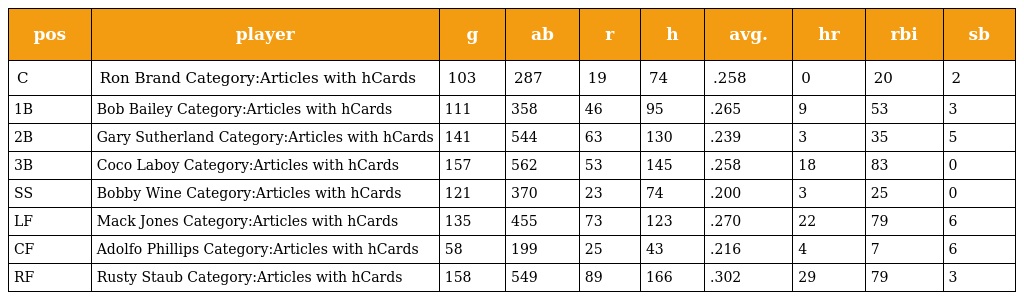
| pos | player | g | ab | r | h | avg. | hr | rbi | sb |
 | --- | --- | --- | --- | --- | --- | --- | --- | --- | --- |
 | C | Ron Brand Category:Articles with hCards | 103 | 287 | 19 | 74 | .258 | 0 | 20 | 2 |
 | 1B | Bob Bailey Category:Articles with hCards | 111 | 358 | 46 | 95 | .265 | 9 | 53 | 3 |
 | 2B | Gary Sutherland Category:Articles with hCards | 141 | 544 | 63 | 130 | .239 | 3 | 35 | 5 |
 | 3B | Coco Laboy Category:Articles with hCards | 157 | 562 | 53 | 145 | .258 | 18 | 83 | 0 |
 | SS | Bobby Wine Category:Articles with hCards | 121 | 370 | 23 | 74 | .200 | 3 | 25 | 0 |
 | LF | Mack Jones Category:Articles with hCards | 135 | 455 | 73 | 123 | .270 | 22 | 79 | 6 |
 | CF | Adolfo Phillips Category:Articles with hCards | 58 | 199 | 25 | 43 | .216 | 4 | 7 | 6 |
 | RF | Rusty Staub Category:Articles with hCards | 158 | 549 | 89 | 166 | .302 | 29 | 79 | 3 |